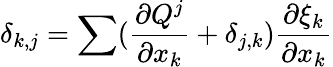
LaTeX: \delta_{k,j}=\sum(\frac{\partial Q^{j}}{\partial x_{k}}+\delta_{j,k})\frac{\partial\xi_{k}}{\partial x_{k}}